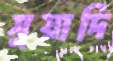
সুয়াদি